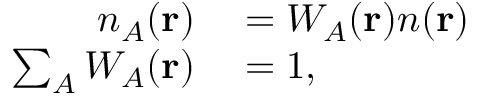
\begin{array} { r l } { n _ { A } ( \mathbf { r } ) } & { { } = W _ { A } ( \mathbf { r } ) n ( \mathbf { r } ) } \\ { \sum _ { A } W _ { A } ( \mathbf { r } ) } & { { } = 1 , } \end{array}